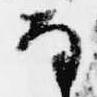
な